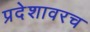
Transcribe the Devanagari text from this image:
प्रदेशावरच